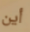
أين